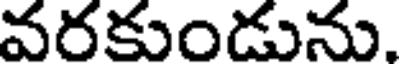
వరకుండును.